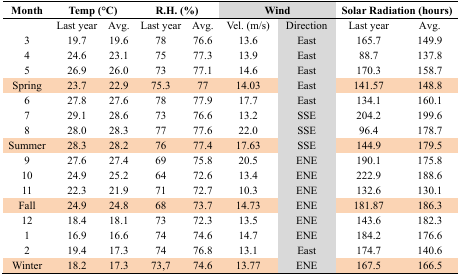
<table><thead><tr><td><b>Month</b></td><td colspan="2"><b>Temp (°C)</b></td><td colspan="2"><b>R.H. (%)</b></td><td colspan="2"><b>Wind</b></td><td colspan="2"><b>Solar Radiation (hours)</b></td></tr><tr><td></td><td><b>Last year</b></td><td><b>Avg.</b></td><td><b>Last year</b></td><td><b>Avg.</b></td><td><b>Vel. (m/s)</b></td><td><b>Direction</b></td><td><b>Last year</b></td><td><b>Avg.</b></td></tr></thead><tbody><tr><td>3</td><td>19.7</td><td>19.6</td><td>78</td><td>76.6</td><td>13.6</td><td>East</td><td>165.7</td><td>149.9</td></tr><tr><td>4</td><td>24.6</td><td>23.1</td><td>75</td><td>77.3</td><td>13.9</td><td>East</td><td>88.7</td><td>137.8</td></tr><tr><td>5</td><td>26.9</td><td>26.0</td><td>73</td><td>77.1</td><td>14.6</td><td>East</td><td>170.3</td><td>158.7</td></tr><tr><td>Spring</td><td>23.7</td><td>22.9</td><td>75.3</td><td>77</td><td>14.03</td><td>East</td><td>141.57</td><td>148.8</td></tr><tr><td>6</td><td>27.8</td><td>27.6</td><td>78</td><td>77.9</td><td>17.7</td><td>East</td><td>134.1</td><td>160.1</td></tr><tr><td>7</td><td>29.1</td><td>28.6</td><td>73</td><td>76.6</td><td>13.2</td><td>SSE</td><td>204.2</td><td>199.6</td></tr><tr><td>8</td><td>28.0</td><td>28.3</td><td>77</td><td>77.6</td><td>22.0</td><td>SSE</td><td>96.4</td><td>178.7</td></tr><tr><td>Summer</td><td>28.3</td><td>28.2</td><td>76</td><td>77.4</td><td>17.63</td><td>SSE</td><td>144.9</td><td>179.5</td></tr><tr><td>9</td><td>27.6</td><td>27.4</td><td>69</td><td>75.8</td><td>20.5</td><td>ENE</td><td>190.1</td><td>175.8</td></tr><tr><td>10</td><td>24.9</td><td>25.2</td><td>64</td><td>72.6</td><td>13.4</td><td>ENE</td><td>222.9</td><td>188.6</td></tr><tr><td>11</td><td>22.3</td><td>21.9</td><td>71</td><td>72.7</td><td>10.3</td><td>ENE</td><td>132.6</td><td>130.1</td></tr><tr><td>Fall</td><td>24.9</td><td>24.8</td><td>68</td><td>73.7</td><td>14.73</td><td>ENE</td><td>181.87</td><td>186.3</td></tr><tr><td>12</td><td>18.4</td><td>18.1</td><td>73</td><td>72.3</td><td>13.5</td><td>ENE</td><td>143.6</td><td>182.3</td></tr><tr><td>1</td><td>16.9</td><td>16.6</td><td>74</td><td>74.6</td><td>14.7</td><td>ENE</td><td>184.2</td><td>176.6</td></tr><tr><td>2</td><td>19.4</td><td>17.3</td><td>74</td><td>76.8</td><td>13.1</td><td>East</td><td>174.7</td><td>140.6</td></tr><tr><td>Winter</td><td>18.2</td><td>17.3</td><td>73,7</td><td>74.6</td><td>13.77</td><td>ENE</td><td>167.5</td><td>166.5</td></tr></tbody></table>